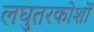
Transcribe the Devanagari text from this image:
लघुतरकोशों